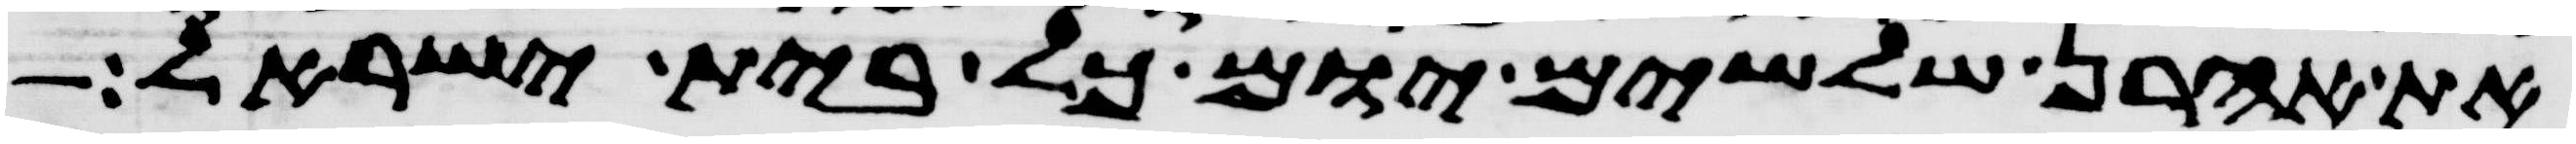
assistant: את אהרן שלשים יום כל בית ישראל